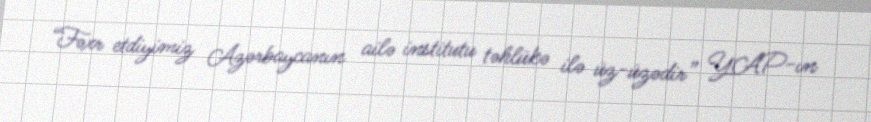
“Fəxr etdiyimiz Azərbaycanın ailə institutu təhlükə ilə üz-üzədir” YAP-ın